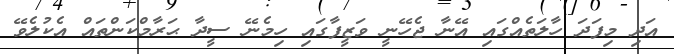
އަދި މިފަދަ ހާލަތެއްގައި އޭނާ ޖެހޭނީ ވަޒީފާގައި ހިމެނޭ ސީދާ ޙަރާމްކަންތައް އެކުލެވޭ